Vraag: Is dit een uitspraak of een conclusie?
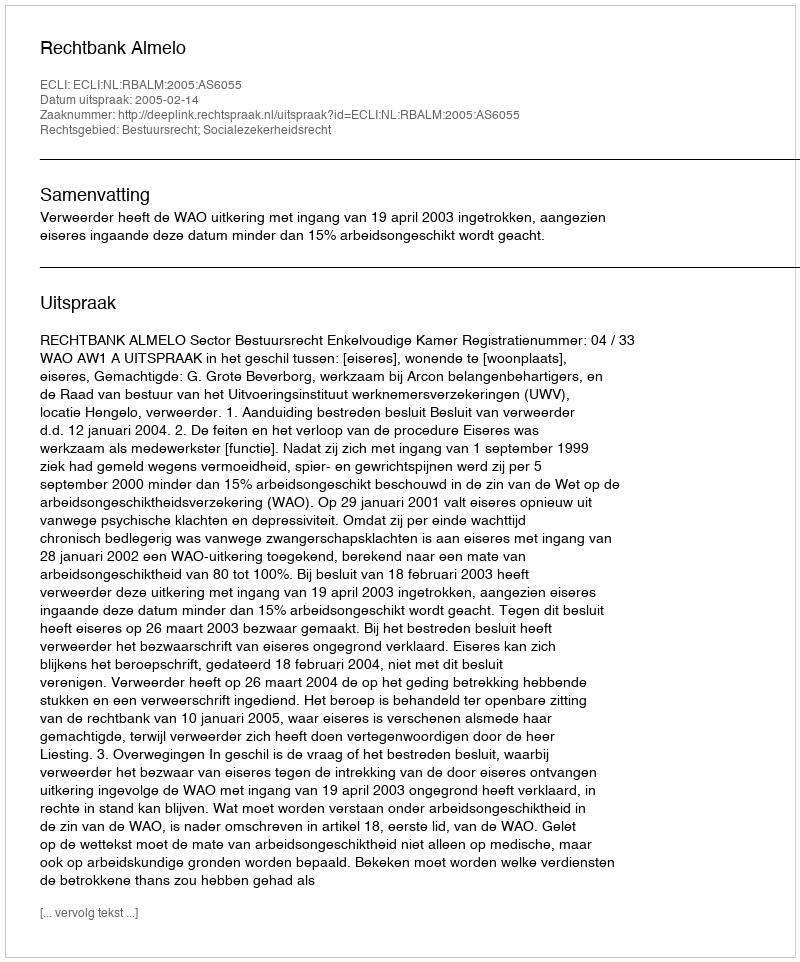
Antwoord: Uitspraak